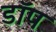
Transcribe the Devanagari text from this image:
डॉप